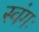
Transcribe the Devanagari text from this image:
स्वंगः